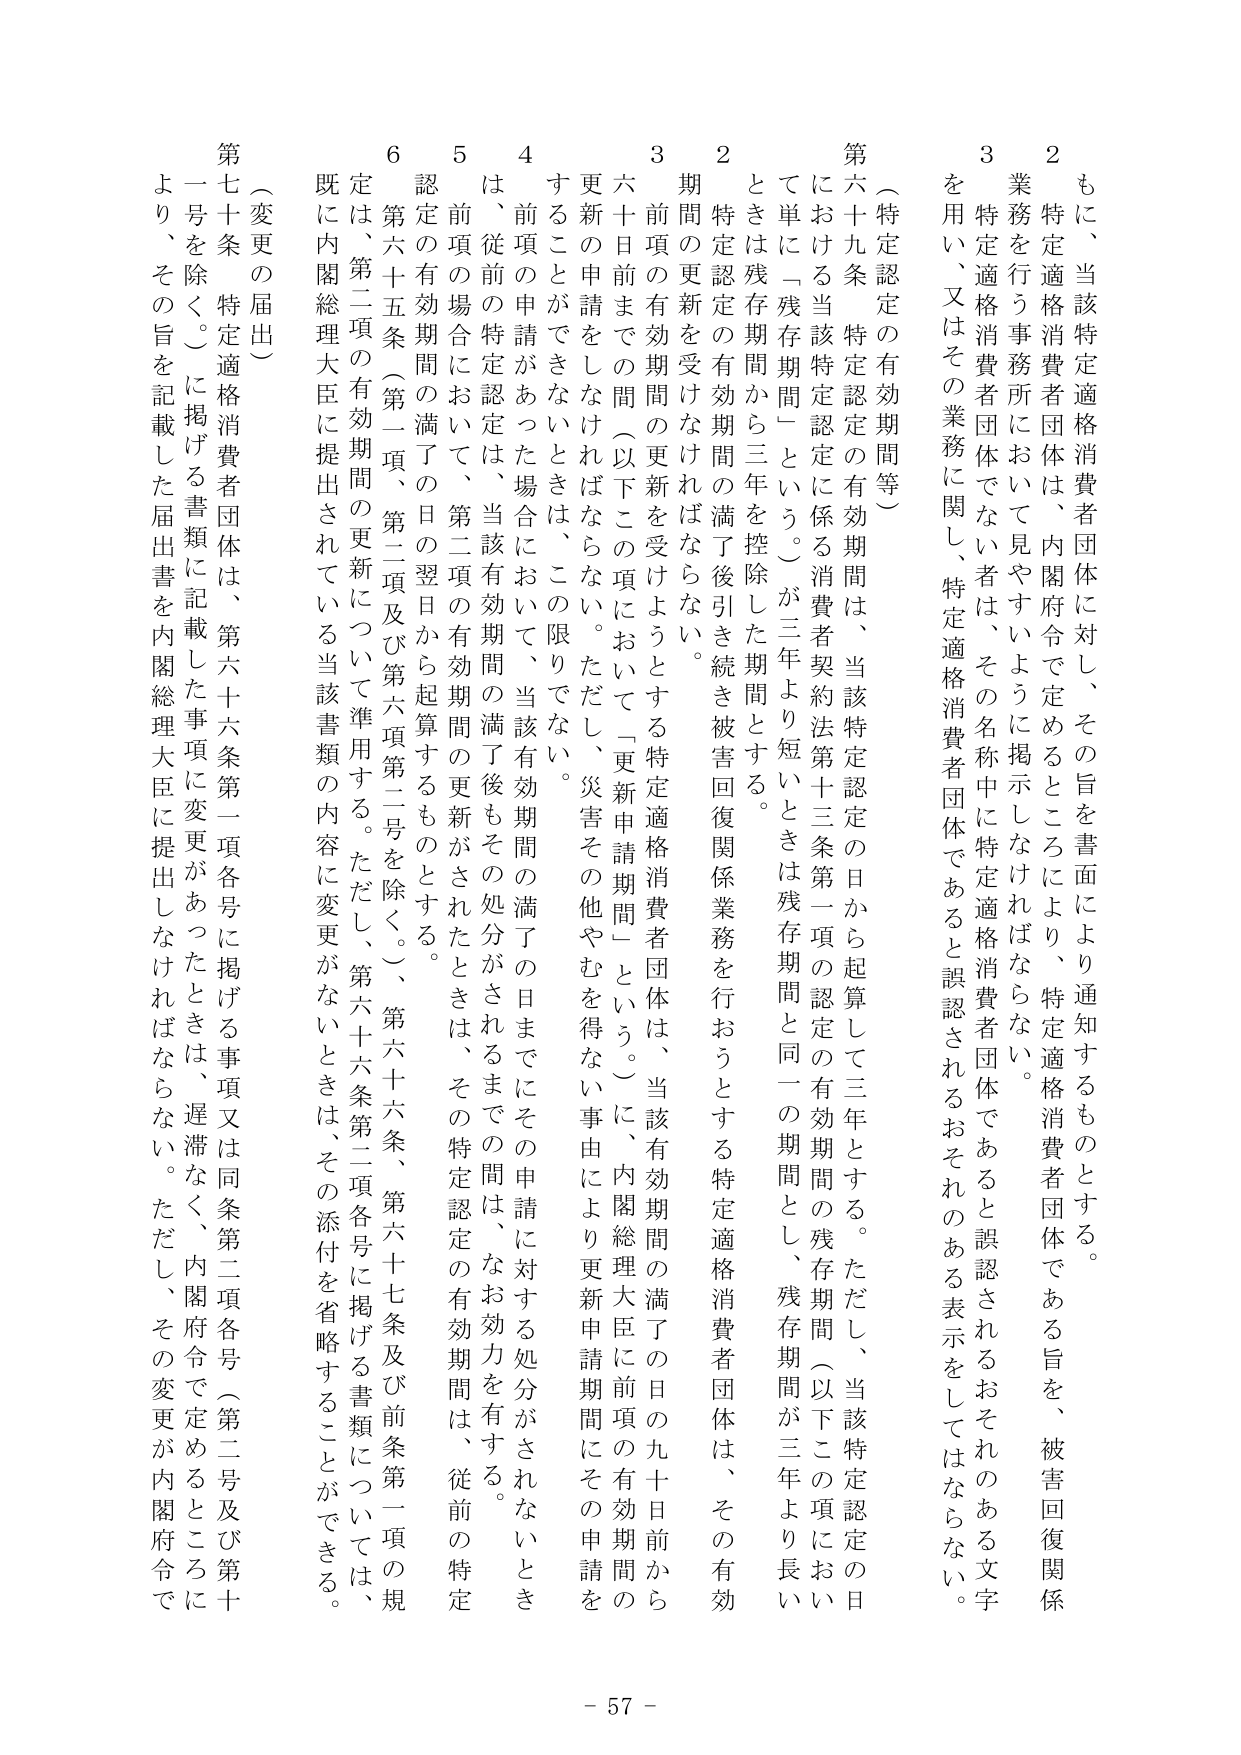
もに、当該特定適格消費者団体に対し、その旨を書面により通知するものとする。

２　特定適格消費者団体は、内閣府令で定めるところにより、特定適格消費者団体である旨を、被害回復関係業務を行う事務所において見やすいように掲示しなければならない。

３　特定適格消費者団体でない者は、その名称中に特定適格消費者団体であると誤認されるおそれのある文字を用い、又はその業務に関し、特定適格消費者団体であると誤認されるおそれのある表示をしてはならない。

（特定認定の有効期間等）

第六十九条　特定認定の有効期間は、当該特定認定の日から起算して三年とする。ただし、当該特定認定の日における当該特定認定に係る消費者契約法第十三条第一項の認定の有効期間の残存期間（以下この項において単に「残存期間」という。）が三年より短いときは残存期間と同一の期間とし、残存期間が三年より長いときは残存期間から三年を控除した期間とする。

２　特定認定の有効期間の満了後引き続き被害回復関係業務を行おうとする特定適格消費者団体は、その有効期間の更新を受けなければならない。

３　前項の有効期間の更新を受けようとする特定適格消費者団体は、当該有効期間の満了の日の九十日前から六十日前までの間（以下この項において「更新申請期間」という。）に、内閣総理大臣に前項の有効期間の更新の申請をしなければならない。ただし、災害その他やむを得ない事由により更新申請期間にその申請をすることができないときは、この限りでない。

４　前項の申請があった場合において、当該有効期間の満了の日までにその申請に対する処分がされないときは、従前の特定認定は、当該有効期間の満了後もその処分がされるまでの間は、なお効力を有する。

５　前項の場合において、第二項の有効期間の更新がされたときは、その特定認定の有効期間は、従前の特定認定の有効期間の満了の日の翌日から起算するものとする。

６　第六十五条（第一項、第二項及び第六項第二号を除く。）、第六十六条、第六十七条及び前条第一項の規定は、第二項の有効期間の更新について準用する。ただし、第六十六条第二項各号に掲げる事項については、既に内閣総理大臣に提出されている当該書類の内容に変更がないときは、その添付を省略することができる。

（変更の届出）

第七十条　特定適格消費者団体は、第六十六条第一項各号に掲げる事項又は同条第二項各号（第二号及び第十号を除く。）に掲げる事項に変更があったときは、遅滞なく、内閣府令で定めるところにより、その旨を記載した届出書を内閣総理大臣に提出しなければならない。ただし、その変更が内閣府令で

- 57 -